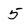
Character: 5